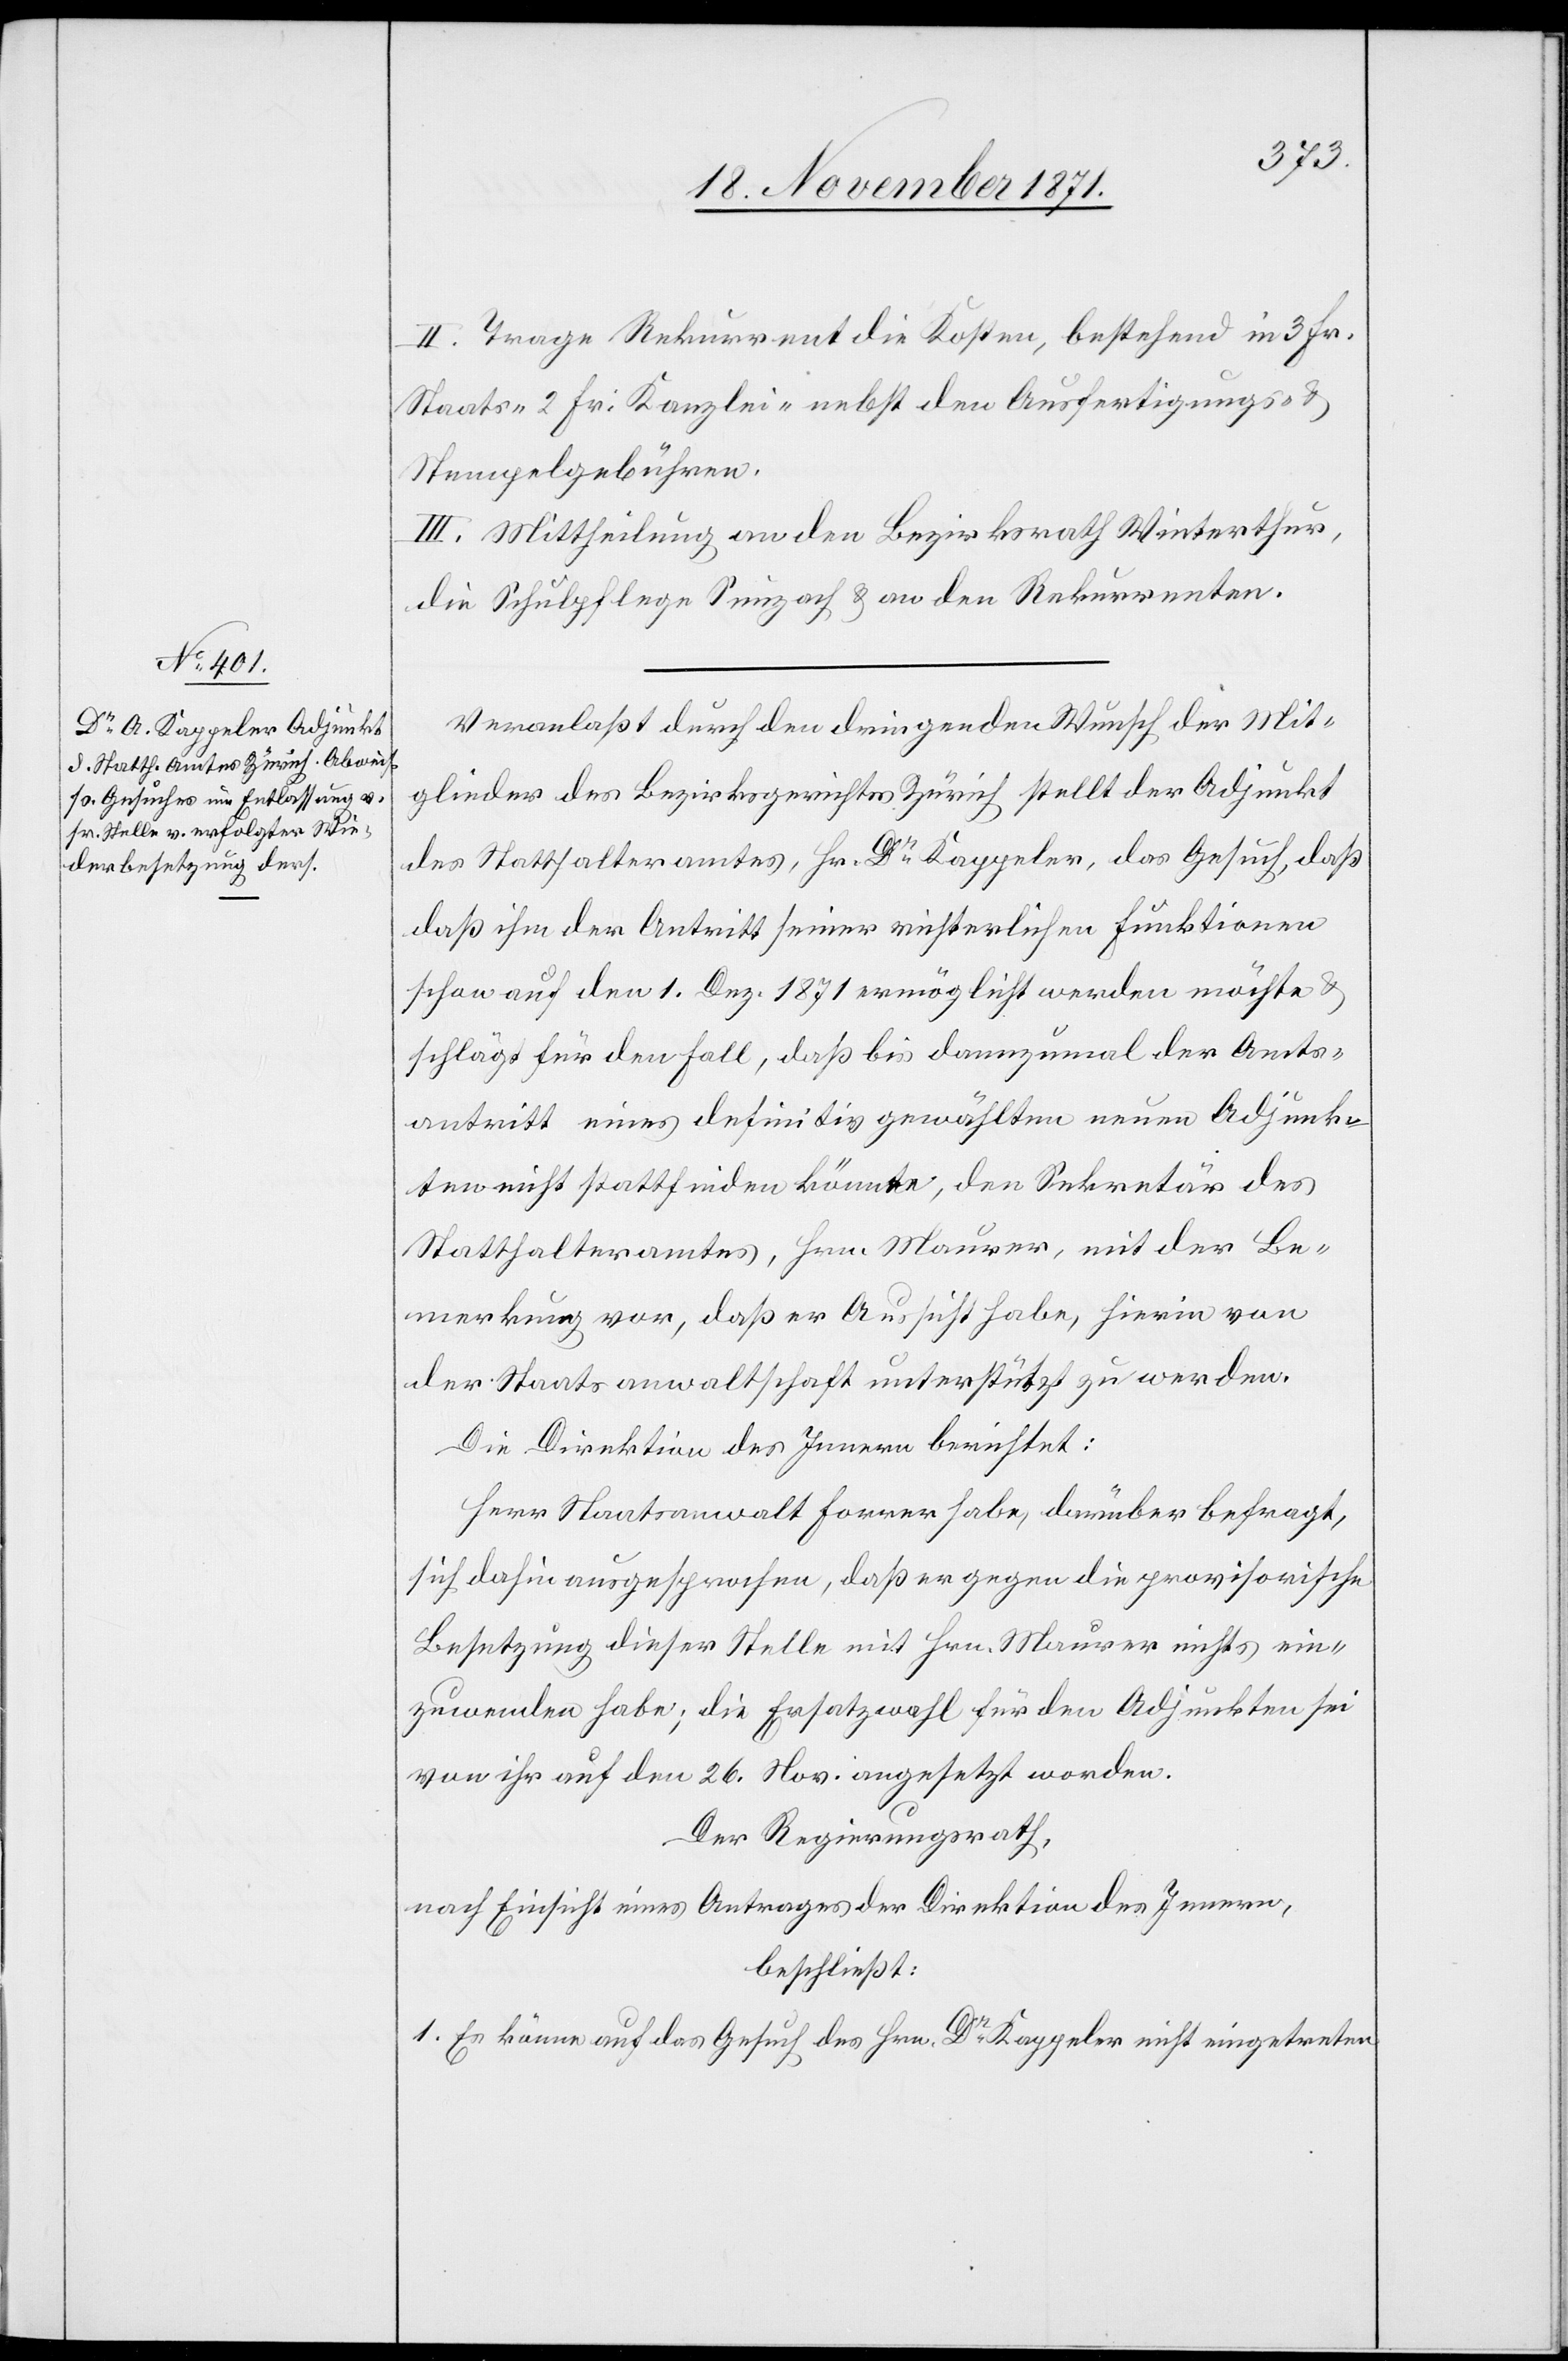
II. Trage Rekurrent die Kosten, bestehend in 3 Fr.
Staats-[,] 2 Fr. Kanzlei- nebst den Ausfertigungs- &
Stempelgebühren.
III. Mittheilung an den Bezirksrath Winterthur,
die Schulpflege Seuzach & an den Rekurrenten.
Veranlaßt durch den dringenden Wunsch der Mit¬
glieder des Bezirksgerichtes Zürich stellt der Adjunkt
des Statthalteramtes, Hr. Dr. Kappeler, das Gesuch, daß
ihm der Antritt seiner richterlichen Funktionen
schon auf den 1. Dez. 1871 ermöglicht werden möchte &
schlägt für den Fall, daß bis dannzumal der Amts¬
antritt eines definitiv gewählten neuen Adjunk¬
ten nicht stattfinden könnte, den Sekretär des
Statthalteramtes, Hrn. Maurer, mit der Be¬
merkung vor, daß er Aussicht habe, hierin von
der Staatsantwaltschaft unterstützt zu werden.
Die Direktion des Innern berichtet:
Herr Staatsanwalt Forrer habe, darüber befragt,
sich dahin ausgesprochen, daß er gegen die provisorische
Besetzung dieser Stelle mit Hrn. Maurer nichts ein¬
zuwenden habe; die Ersatzwahl für den Adjunkten sei
von ihr auf den 26. Nov. angesetzt worden.
Der Regierungsrath,
nach Einsicht eines Antrages der Direktion des Innern,
beschließt:
1. Es könne auf das Gesuch des Hrn. Dr Kappeler nicht eingetreten